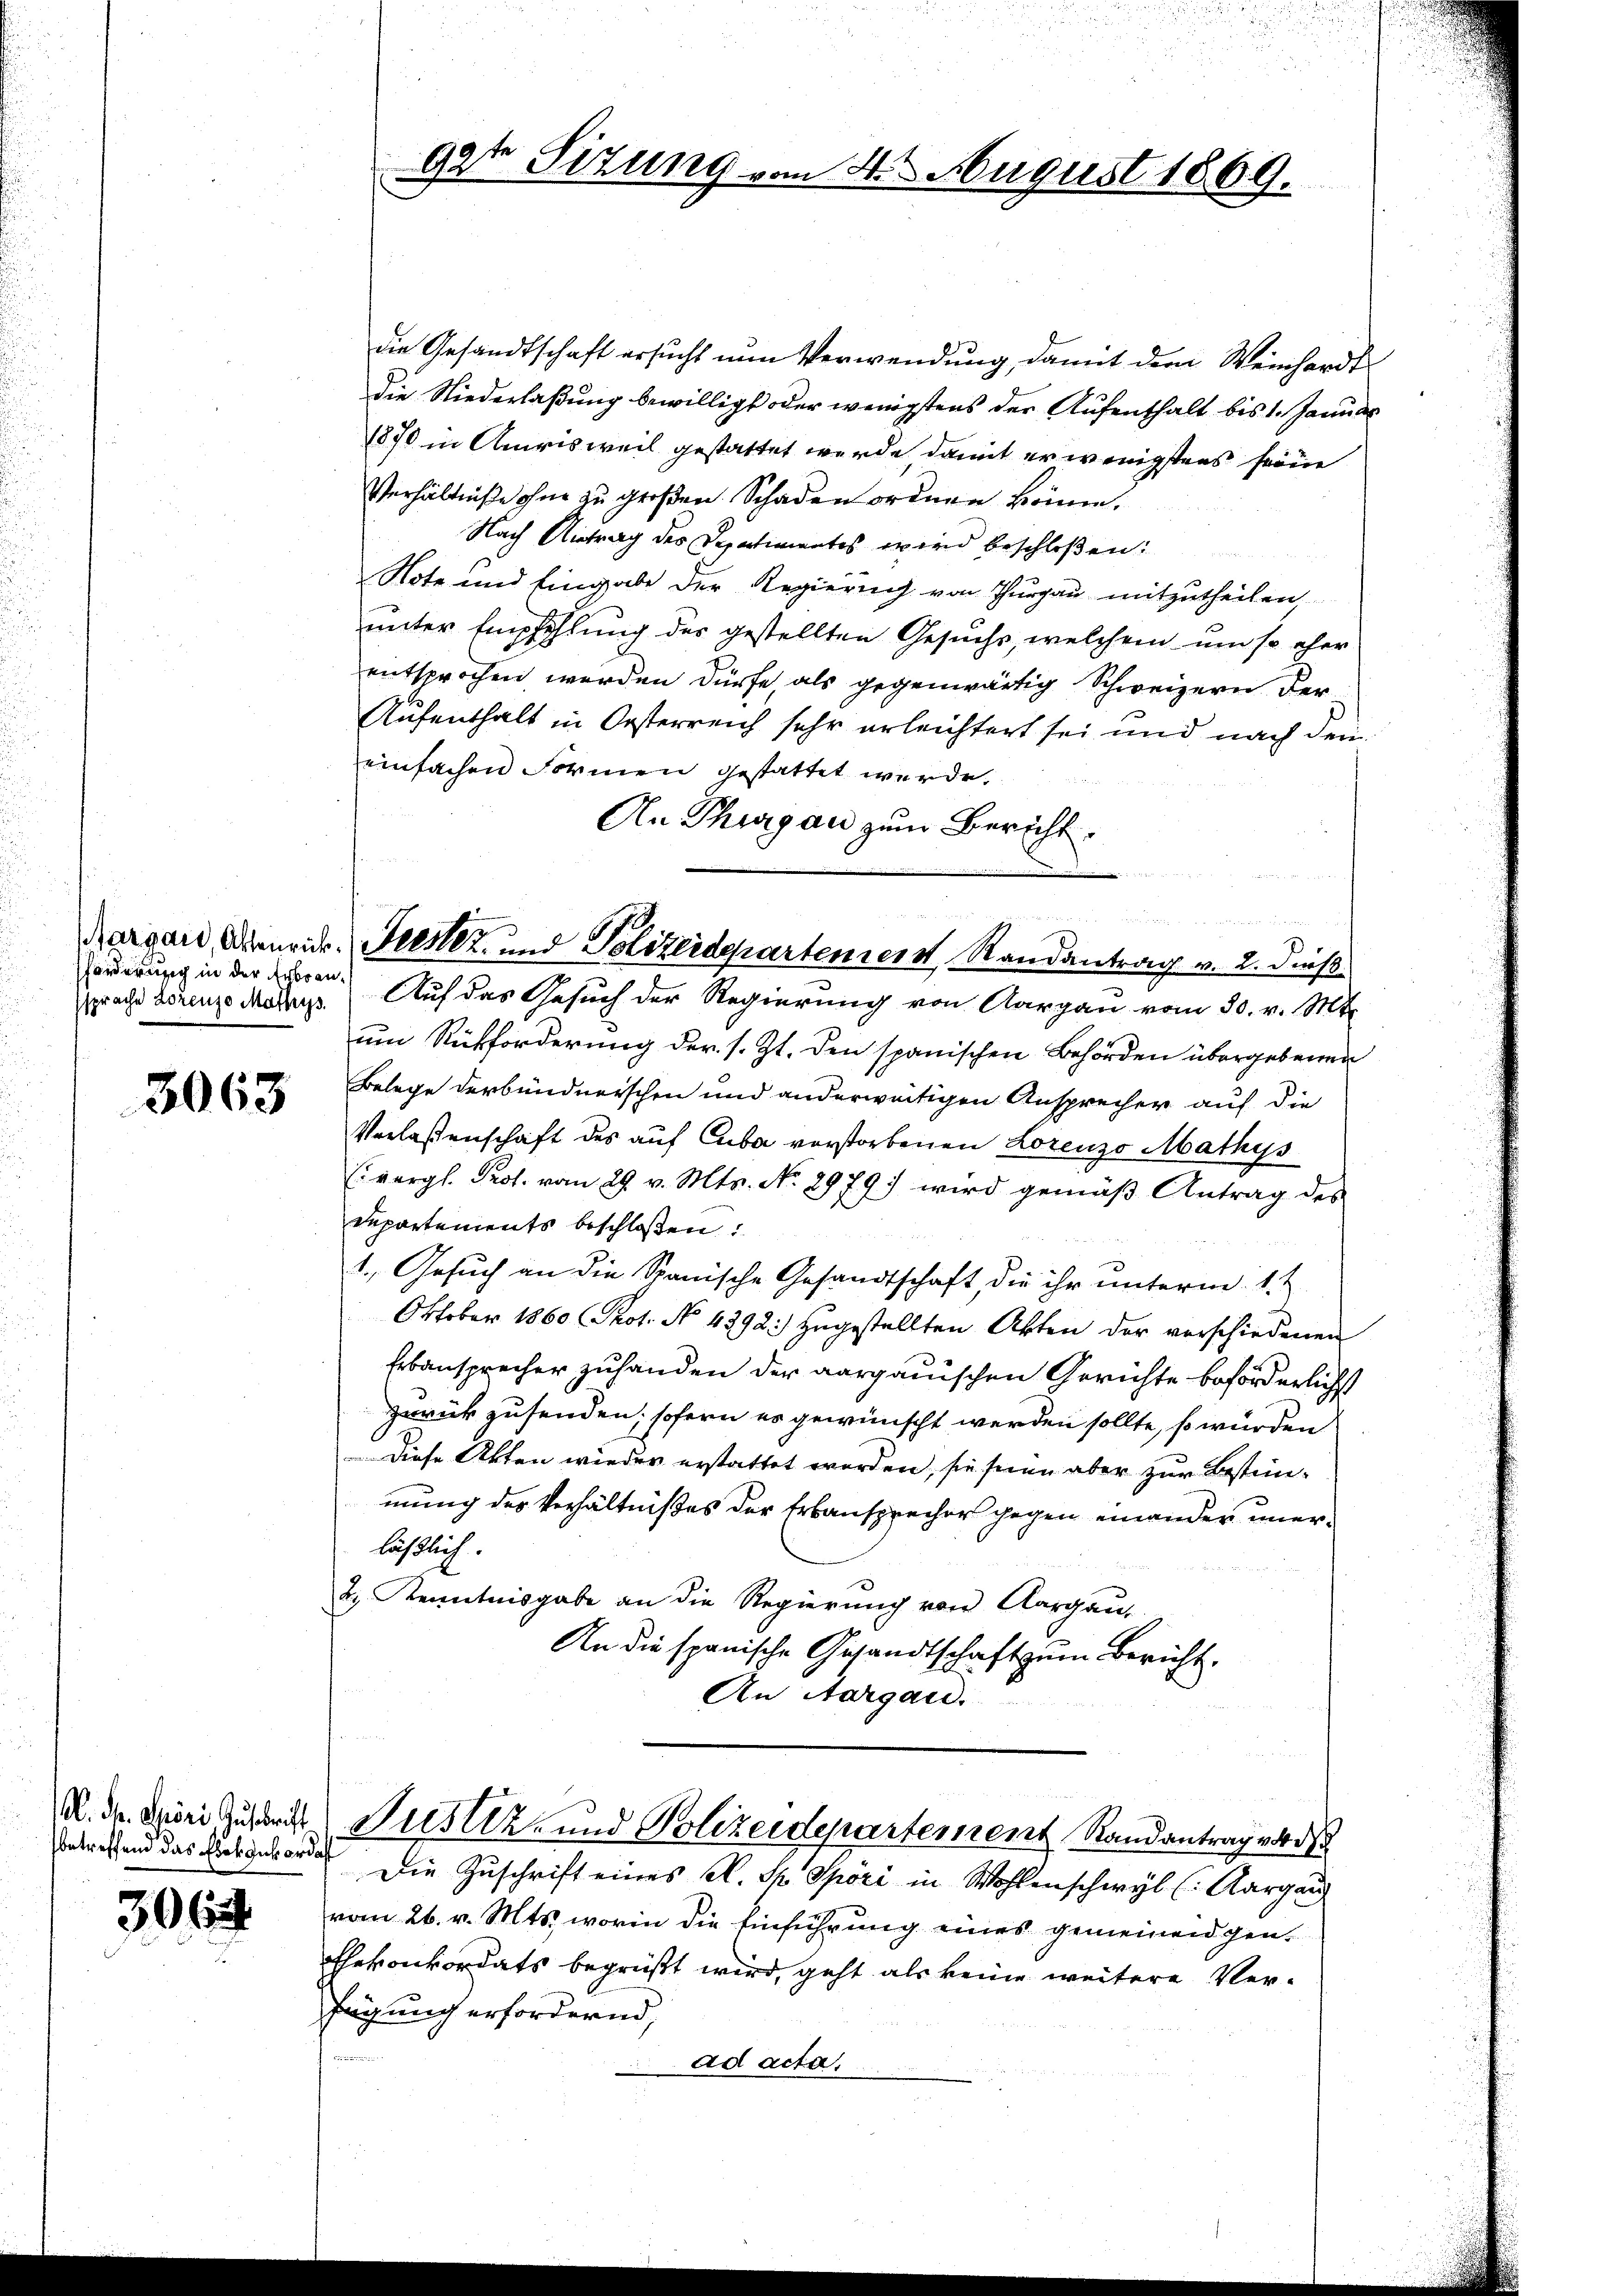
Förderung in der Erbren¬

3063

betreffend das Eben zukordat

306

gate Sitzung vom 4ten August 1869.

die Gesandtschaft ersucht nun Verwendung, damit dem Weinhardt
die Niederlaßung bewilligt oder wenigstens der Aufenthalt bis 1. Januar
1870 in Amrisweil gestattet werde, damit er wenigstens seine
Verhältniße ohne zu großen Schaden ordnen könne.
Nach Antrag des Departimentes wird beschloßen:
Note und Eingabe der Regierung von Thurgau mitzutheilen,
unter Empfehlung des gestellten Gesuchs, welchem um so eher
entsprochen werden dürfe als gegenwärtig Schweizern der
Aufenthalt in Oesterreich sehr erleichtert sei und nach den
einfachen Formen gestattet werde.
An Thurgau zum Bericht.
sprache Lorenze Male Auf das Gesuch der Regierung von Aargau vom 30. v. Mts.
um Rückforderung der s. Zt. den spanischen Behörden übergebenen
Belege derbündnerschen und anderweitigen Ansprecher auf die
Verlaßenschaft des auf Cuba vorstorbenen Lorenzo Mathys
(vergl. Prof. vom 29. v. Mts. No. 2979 wird gemäß Antrag des
Departements beschloßen:
1. Gesŭch an die Spanische Gesandtschaft, die ihr ŭnterm 1.t
Oktober 1860 Prot. No 4392. zugestellten Akten der verschiedenen
Erbansprecher zuhanden der aargauischen Gerichte beförderlichst
zurückzusenden, sofern es gewünscht werden sollte, so würden
Diese Akten wieder erstattet worden, sie sein aber zur Bestimmung des Verhältnißes der Erbansprecher gegen einander unerläßlich.
2., Kenntnisgabe an die Regierung von Aargau,
An die spanische Gesandtschaft zum Bericht.
An Aargau.

u
Margau, denen Jester- und Polizeiderartener Randantrag v. 2. dieß

R. Dr. Giori zustadt Nustiz- und Polizeidepartement Randantrag vor d

Die Zuschrift eines N. Th. Spöri in Wohlenschwyl (Aargau
vom 26. v. Mts., worin die Einführung eines gemeinen gen¬
Ehekonkordats begrüßt wird, geht als keine weitere Verfügung erfordernd,
u
ad acta.